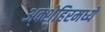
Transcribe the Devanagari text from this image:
अक्शेहिरमध्ये